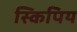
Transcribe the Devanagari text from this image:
स्किपिय